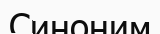
Синоним